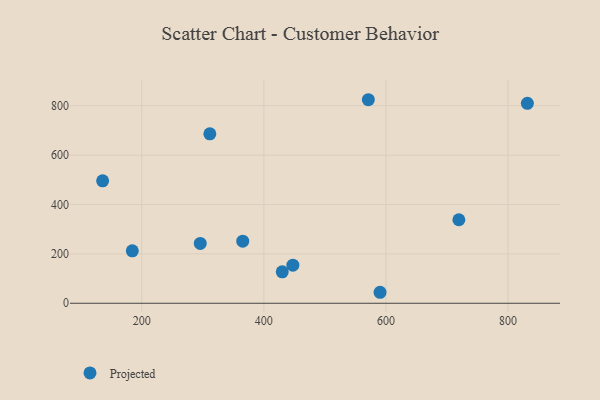
{"axis": {"x": "Speed", "y": "Demand"}, "legend": ["Projected"], "data": [{"x": "831.6", "y": 809.8, "type": "Projected"}, {"x": "590.3", "y": 44.5, "type": "Projected"}, {"x": "135.9", "y": 496.1, "type": "Projected"}, {"x": "447.5", "y": 154.3, "type": "Projected"}, {"x": "430.1", "y": 127.3, "type": "Projected"}, {"x": "365.4", "y": 251.4, "type": "Projected"}, {"x": "719.4", "y": 338.3, "type": "Projected"}, {"x": "311.5", "y": 686.2, "type": "Projected"}, {"x": "571.1", "y": 824.4, "type": "Projected"}, {"x": "184.5", "y": 212.5, "type": "Projected"}, {"x": "295.8", "y": 242.4, "type": "Projected"}]}